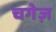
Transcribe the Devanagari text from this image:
चगेज़